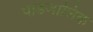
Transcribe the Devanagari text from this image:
पाडजालिक